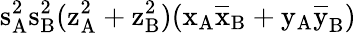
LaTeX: \mathrm{s_{A}^{2}\mathrm{s_{B}^{2}(\mathrm{z_{A}^{2}+\mathrm{z_{B}^{2})(\mathrm{x_{A}\mathrm{\overline{{x}}_{B}+\mathrm{y_{A}\mathrm{\overline{{y}}_{B})}}}}}}}}